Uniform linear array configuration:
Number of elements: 4
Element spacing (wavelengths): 0.25
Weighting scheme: kaiser
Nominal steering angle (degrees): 60
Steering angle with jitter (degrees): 60.474
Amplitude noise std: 0.05
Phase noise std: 0.05

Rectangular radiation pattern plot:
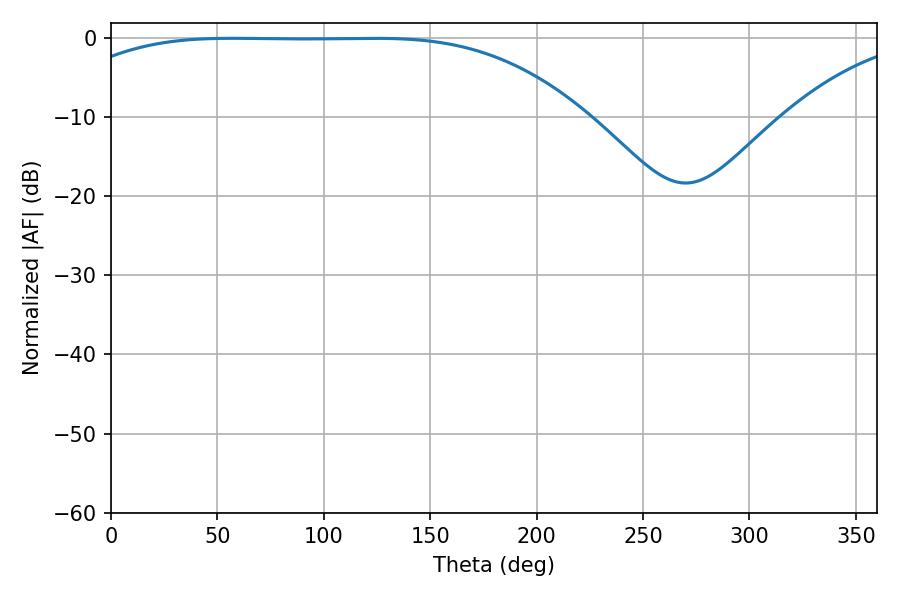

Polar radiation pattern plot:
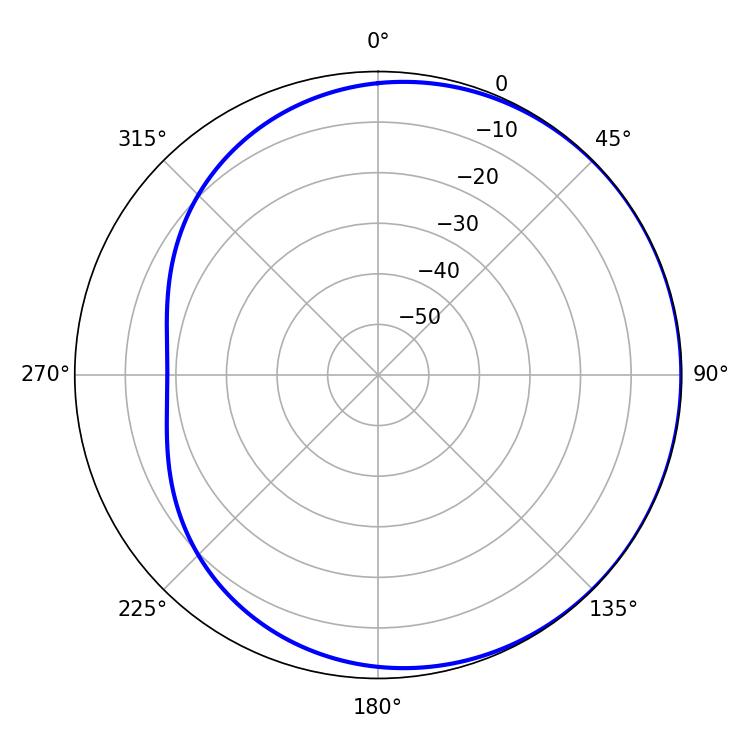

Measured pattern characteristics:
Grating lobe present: FALSE
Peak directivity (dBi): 0.6122
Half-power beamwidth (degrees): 186.48
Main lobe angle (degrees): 57.24